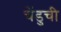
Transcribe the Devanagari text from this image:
चेंडुची